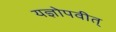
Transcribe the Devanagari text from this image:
यज्ञोपवीत्